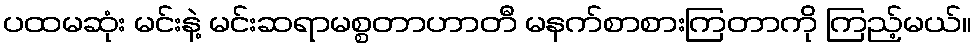
ပထမဆုံး မင်းနဲ့ မင်းဆရာမစ္စတာဟာတီ မနက်စာစားကြတာကို ကြည့်မယ်။